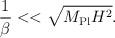
LaTeX: \begin{align*}{1 \over \beta} << \sqrt{M_{\rm Pl} H^2}.\end{align*}